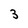
Character: 3